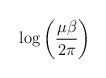
LaTeX: \begin{align*}\log \left( \frac{\mu \beta }{2\pi }\right)\end{align*}